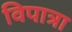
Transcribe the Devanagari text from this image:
विपात्रा